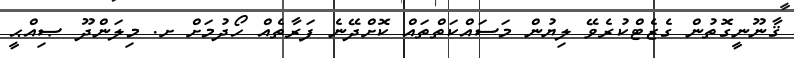
ޤާނޫނީގޮތުން ގެޒެޓްކުރެވޭ ލިޔުން މަސައްކަތްތައް ކޮށްދޭނެ ފަރާތެއް ހޯދުމަށް ށ. މިލަންދޫ ޞިއްޙީ